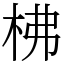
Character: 柫